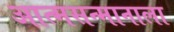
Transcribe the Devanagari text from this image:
आत्मसन्मानाला